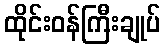
ထိုင်းဝန်ကြီးချုပ်